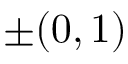
\pm ( 0 , 1 )